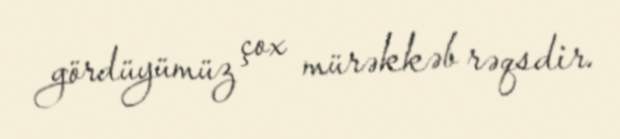
gördüyümüz çox mürəkkəb rəqsdir.